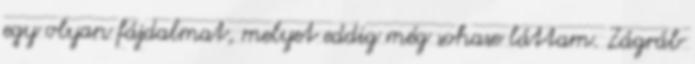
egy olyan fájdalmat, melyet eddig még sohase láttam. Zágráb